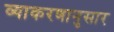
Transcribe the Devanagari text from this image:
व्याकरणानुसार